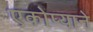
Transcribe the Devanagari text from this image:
एकोप्याने